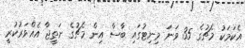
އެކަމަކު މެޗުގެ 35 ވަނަ މިނިޓުގައި ބާސާ އިން މެޗުގެ ނަތީޖާ އެއްވަރުކުރީ